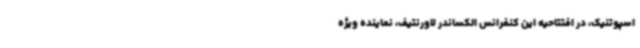
اسپوتنیک، در افتتاحیه این کنفرانس الکساندر لاورنتیف، نماینده ویژه